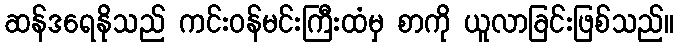
ဆန်ဒရေနိုသည် ကင်းဝန်မင်းကြီးထံမှ စာကို ယူလာခြင်းဖြစ်သည်။